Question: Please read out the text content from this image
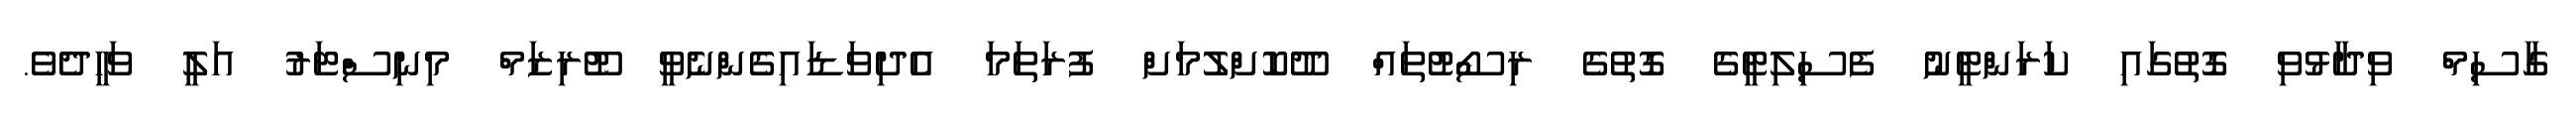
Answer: ގާސިމް ވިދާޅުވި ގޮތުގައި ކަރަންޓީނު ފެސިލިޓީގެ ގޮތުގެ ރިސޯޓުތައް ދޫކޮށްލުމަށް ފުރަތަމަ އެދިވަޑައިގެންނެވީ ޓޫރިޒަމް މިނިސްޓަރު އަލީ ވަހީދެވެ.